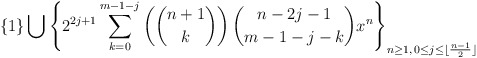
\begin{align*}\left\{1\right\}\bigcup\left\{2^{2j+1}\sum_{k=0}^{m-1-j}\left(\binom{n+1}{k}\right)\binom{n-2j-1}{m-1-j-k}x^{n} \right\}_{n\geq 1,\,0\leq j\leq\lfloor\frac{n-1}{2}\rfloor}\end{align*}